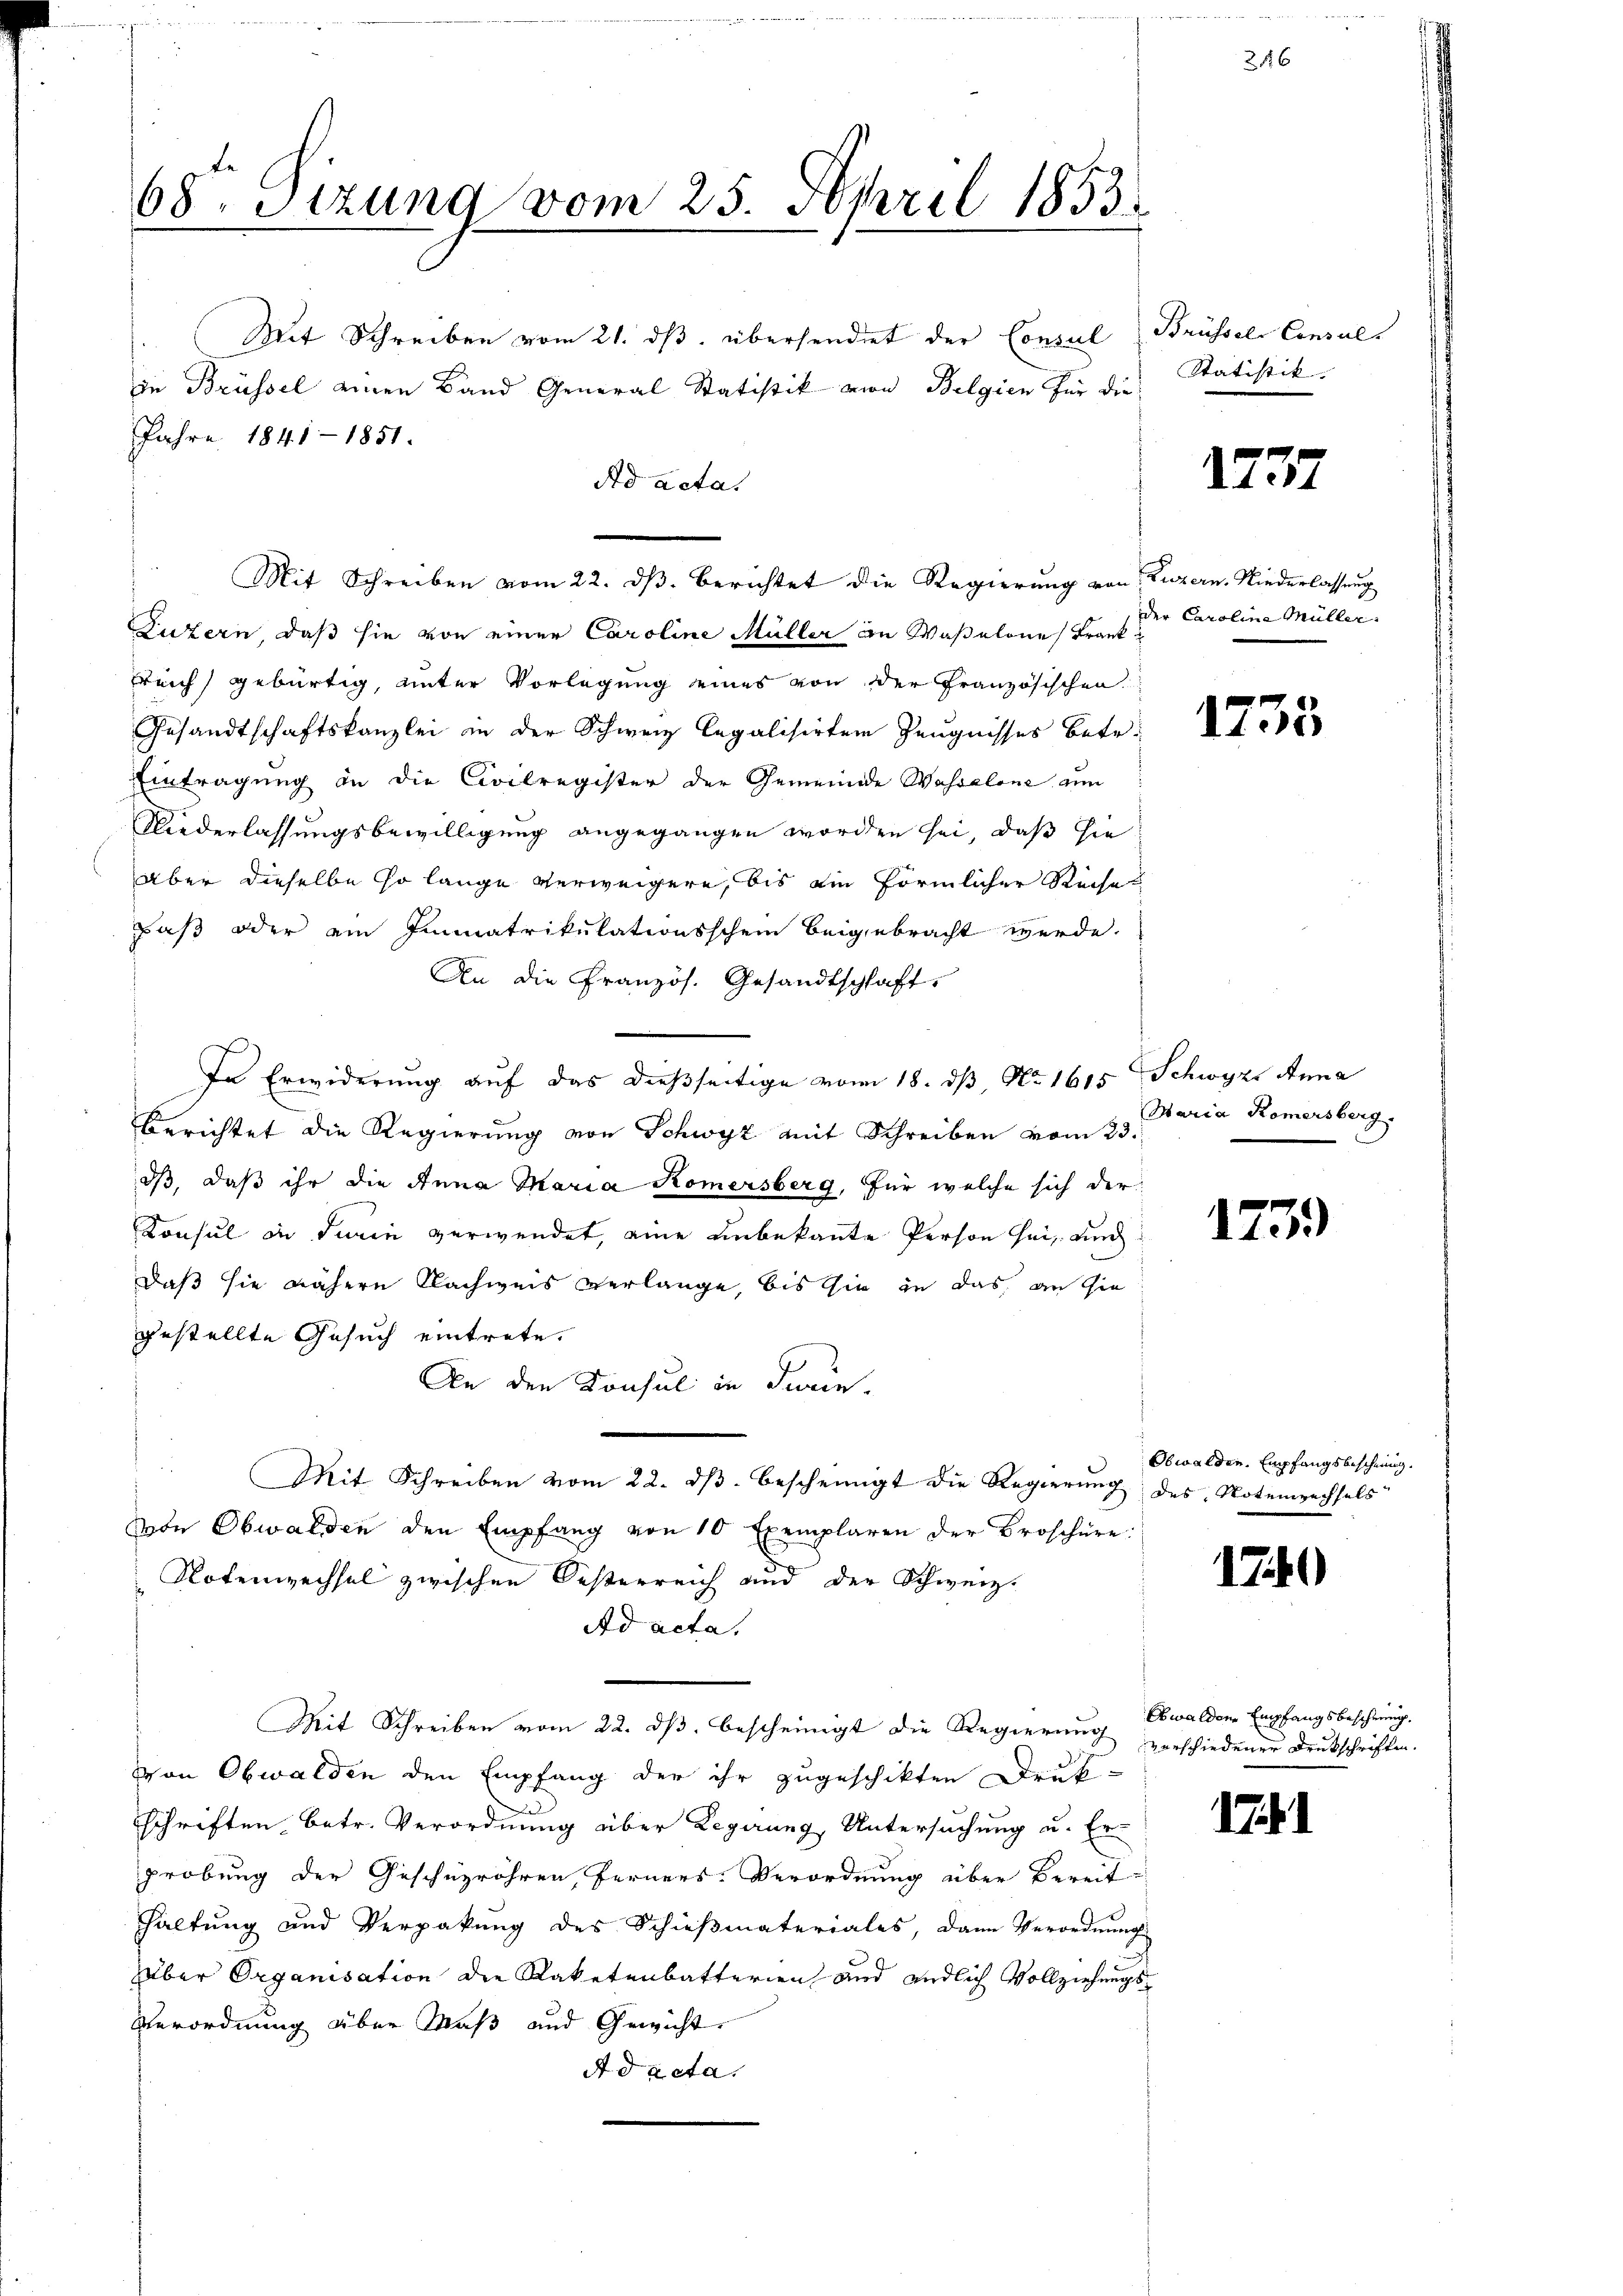
68. Sitzung vom 25. April 1853.
Mit Schreiben vom 21. ds. übersendet der Consul
in Brüssel einen Band General Statistik von Belgien für die
Jahre 1841 - 1851.
Ad acta.

Luzern, daß sie von einer Caroline Müller an Wasselone Frank
Feich gebürtig, unter Vorlegung eines von der Französischen
Gesandtschaftskanzlei in der Schweiz legalisirten Zeugnisses betr.
Eintragung in die Civilregister der Gemeinde Wasselone am
Niederlassungsbewilligung angegangen worden sei, daß sie
Aber dieselbe so lange verweigern, bis ein förmlicher Reise
Faß oder ein Immatrikulationsschein beigebracht werde.
An die Französ. Gesandtschaft,
In Erwiderung auf das dießseitige vom 18. dβ, No. 1615 Schwyz, Anna
Berichtet die Regierung von Schwyz mit Schreiben vom 23.
dß, daß ihr die Anna Maria Komersberg, für welche sich der
Konsul in darin verwendet, eine unbekannte Person sei, auch
daß sie nähere Nachweis verlange, bis sie in das an sie
gestellte Gesuch eintrete.
An den Konsul in diren.
Mit Schreiben vom 22. dβ bescheinigt die Regierŭng des Notumzechsels
von Obwalden den Empfang von 10 Exemplaren der Broschüre:
Notenwechsel zwischen Oesterreich und der Schweiz.
Ad acta,
Mit Schreiben vom 22. ds. bescheinigt die Regierung
von Obwalden den Empfang der ihr zugeschikten Druk-
schriften betr. Verordnung über Regirung, Untersuchung u. Er-
probung der Geschüzröhren ferners. Verordnung über Bereit
Haltung und Verpakŭng des Schieβmateriales, dann Verordnŭng
Über Organisation die Raketenbatterien und endlich Vollziehungs¬
Verordnung über Maß und Gewicht
Ad acta.

Mit Schreiben vom 22. dβ. berichtet die Regierung von Luzern, Niederlassung

Brüssels Consul
Statistik. |

25

1737

der Caroline Müller.

1733

Maria Römersberg.

1739)

Obwalden Empfangsbeschnung.

174)

Obwalden Empfangsbescheinig.
verschiedener Drukschriften.

17